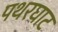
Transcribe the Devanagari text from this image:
पथरघाट